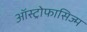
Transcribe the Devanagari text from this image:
ऑस्ट्रोफासिज्म